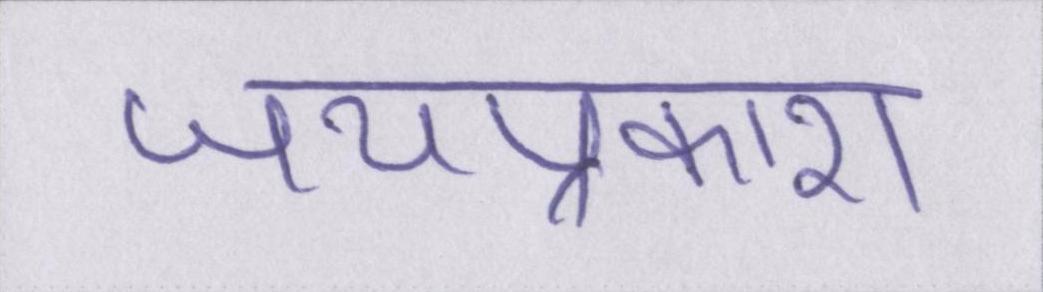
जयप्रकाश